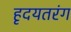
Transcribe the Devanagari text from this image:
हृदयतरंग